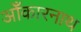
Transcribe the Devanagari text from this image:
ओँकारनाथ